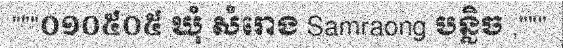
"""០១០៥០៥ ឃុំ សំរោង Samraong បន្លិច ,"""